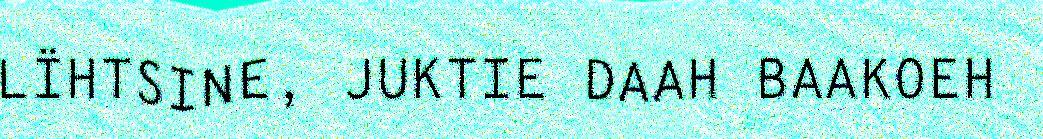
LÏHTSINE, JUKTIE DAAH BAAKOEH